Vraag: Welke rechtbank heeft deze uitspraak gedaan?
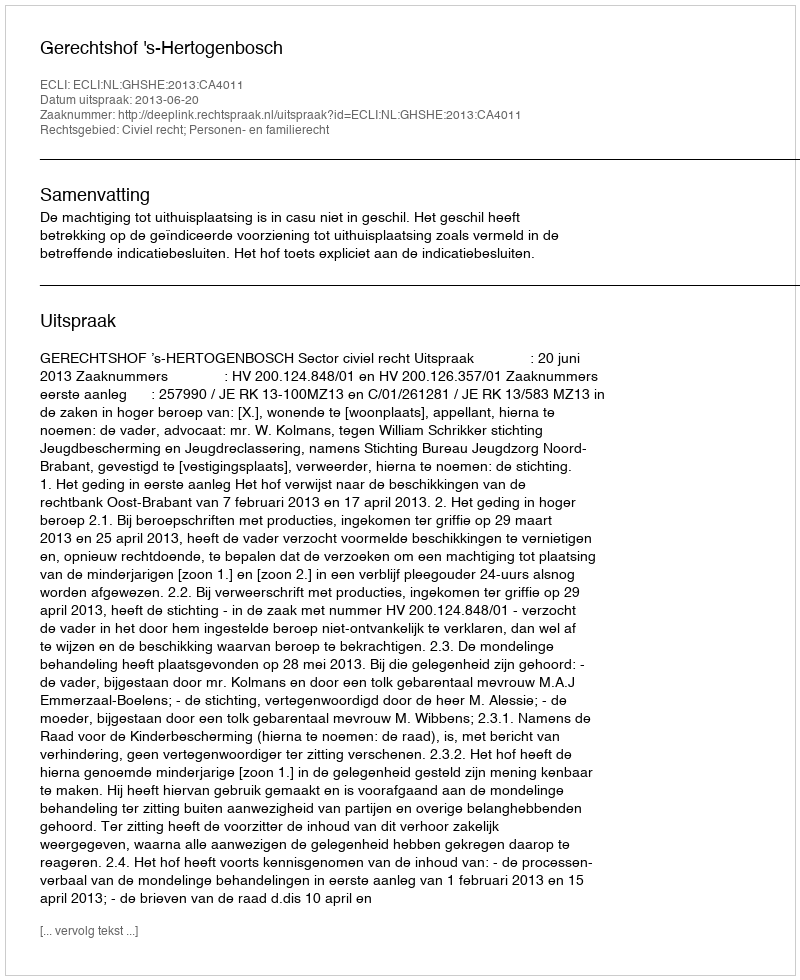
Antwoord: Gerechtshof 's-Hertogenbosch